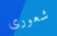
شعورى